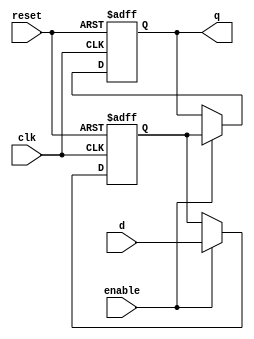
module sequential_logic_block(
    input wire clk,
    input wire reset,
    input wire enable,
    input wire d,
    output wire q
);

reg d_ff;
reg q_latch;

always @(posedge clk or posedge reset) begin
    if (reset) begin
        d_ff <= 1'b0;
        q_latch <= 1'b0;
    end else if (enable) begin
        d_ff <= d;
        q_latch <= d_ff;
    end
end

assign q = q_latch;

endmodule